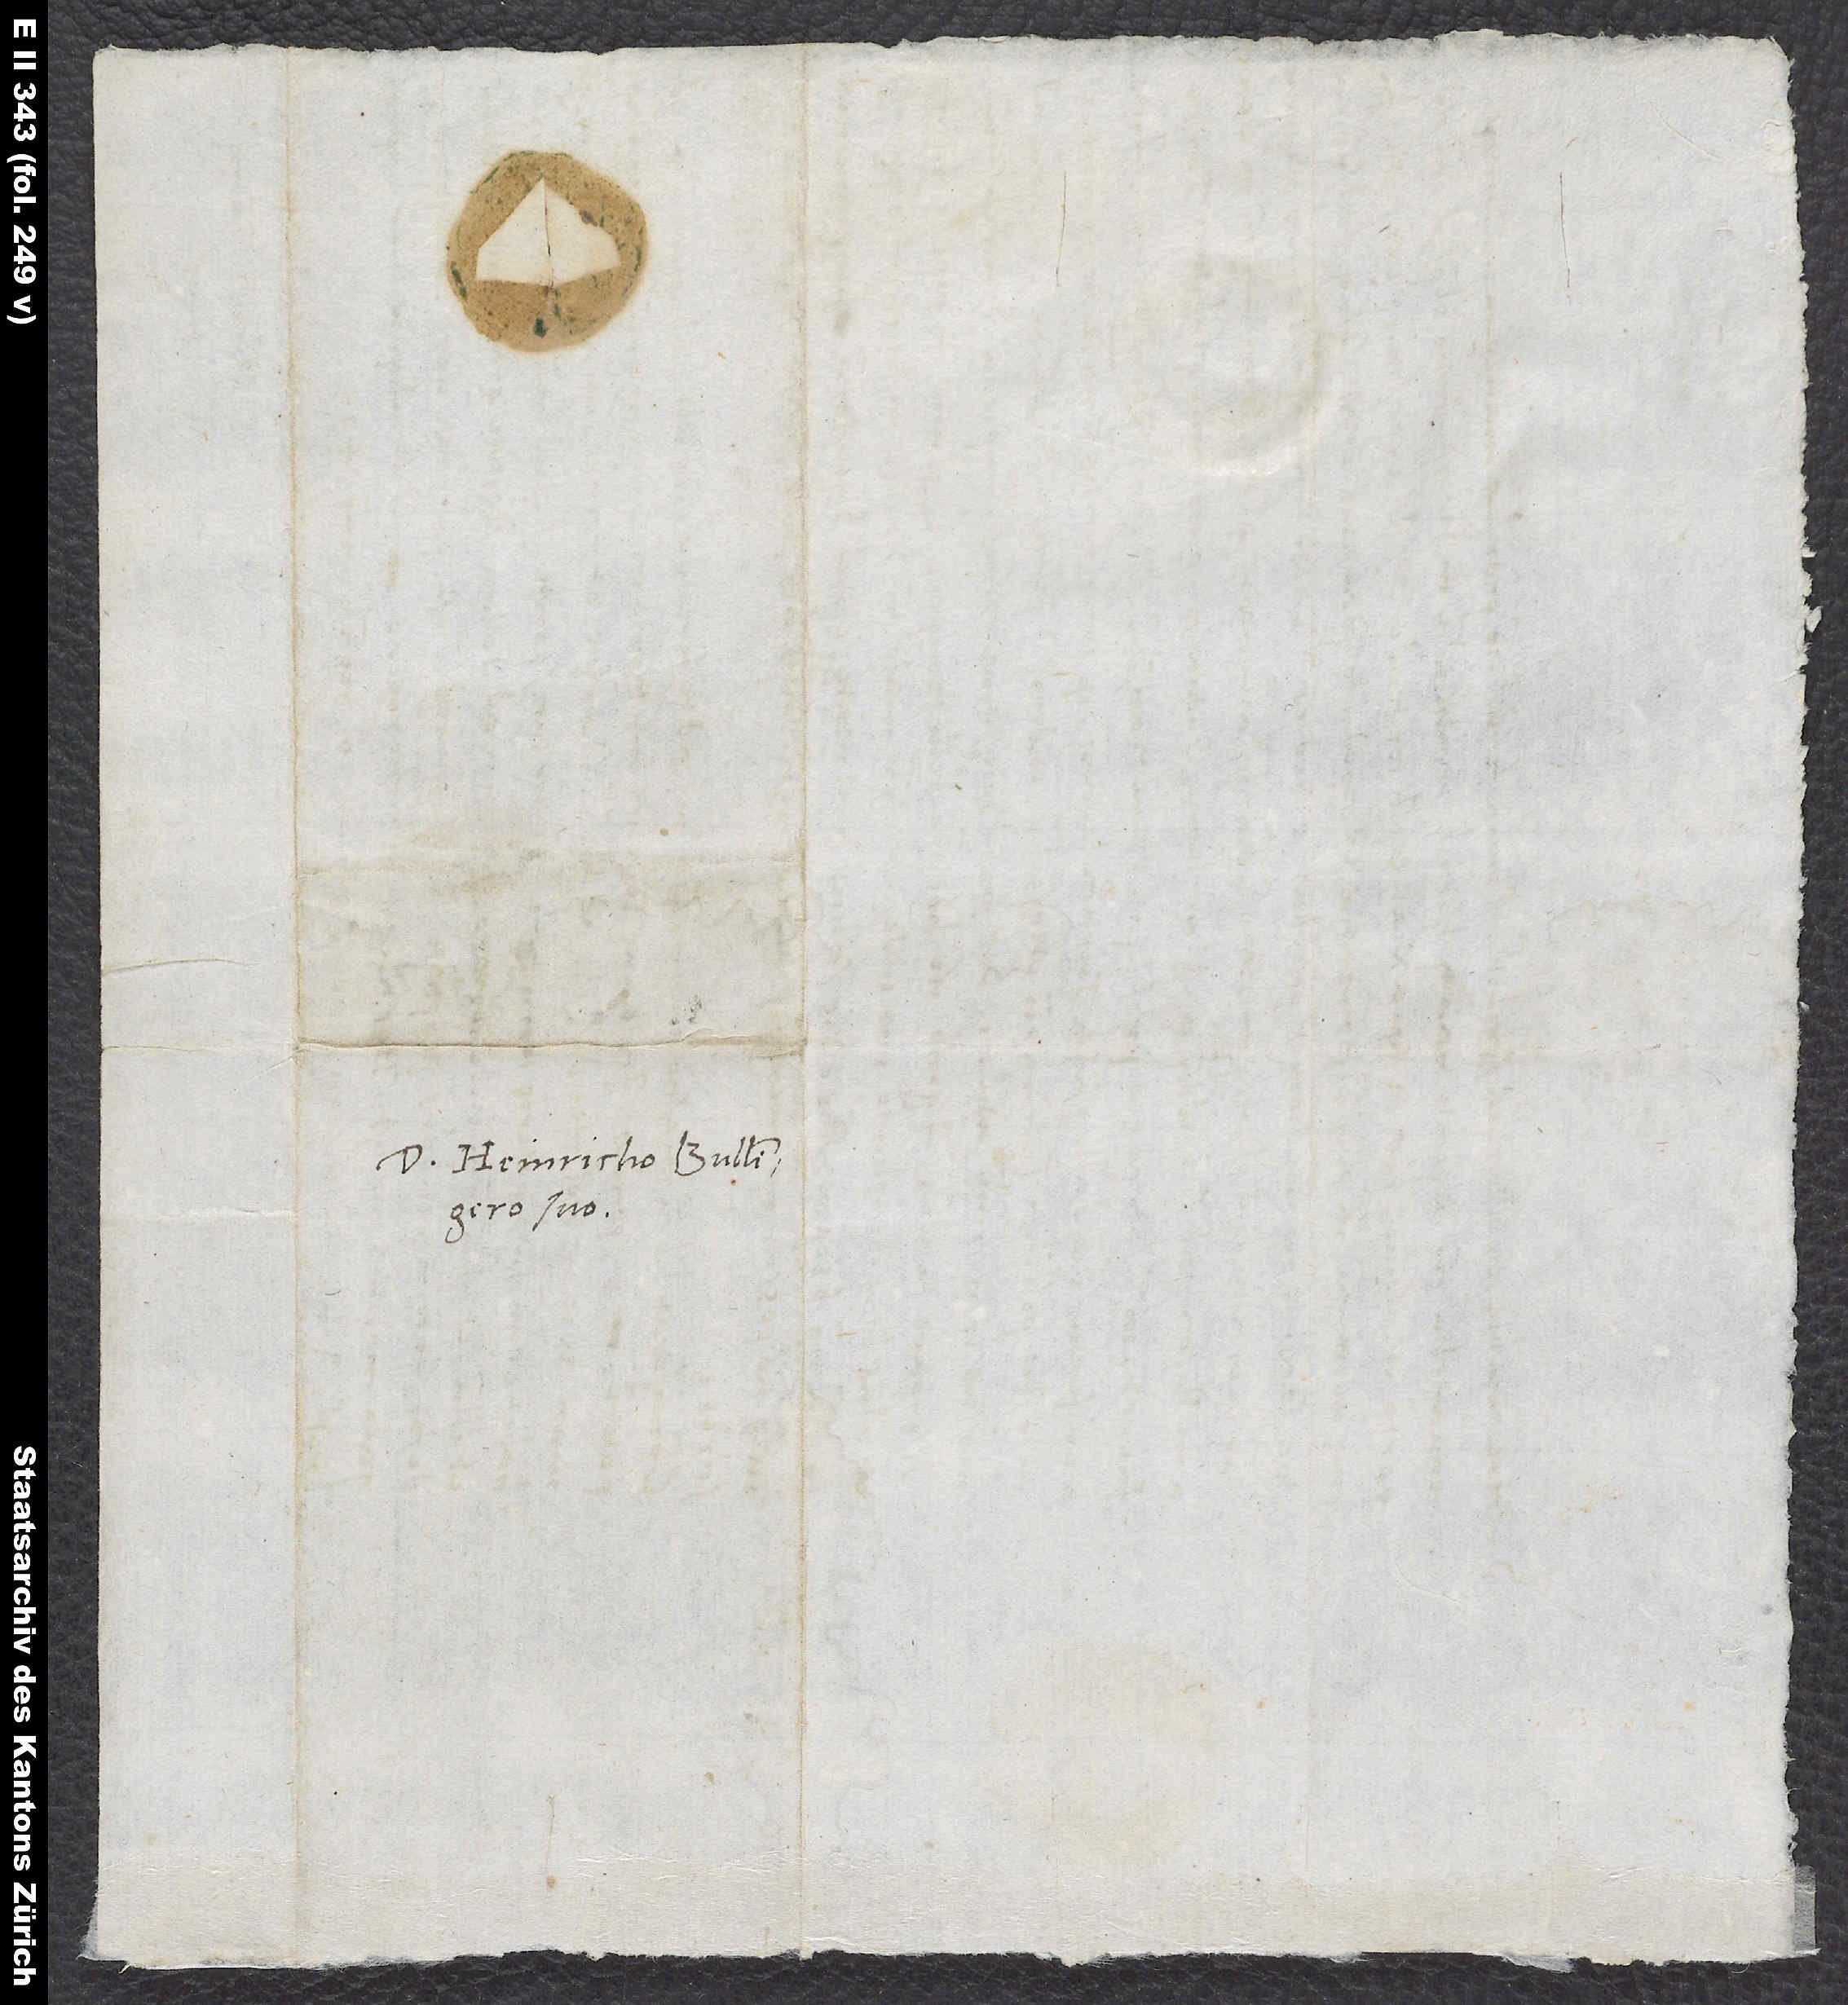
S.

Domino Heinricho Bullingero
suo.